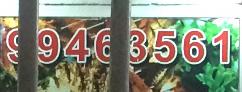
99463561